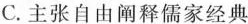
C.主张自由阐释儒家经典